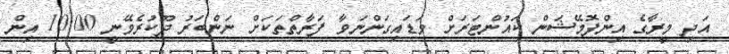
އަދި މީރާގެ އިންފޮމޭޝަން ކައުންޓަރަށް ވަޑައިގަންނަވާ ފަރާތްތަކަށް ނަންބަރު ދޫކުރެވޭނީ 10:00 އިން